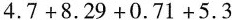
$$4 . 7 + 8 . 2 9 + 0 . 7 1 + 5 . 3$$